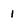
Character: 1